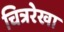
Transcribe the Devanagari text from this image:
चित्ररेखा